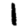
Digit: 1